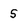
Character: 5